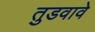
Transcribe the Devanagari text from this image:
तुडवावे